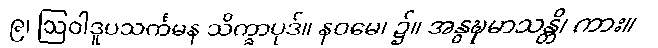
၉၊ ဩဝါဒူပသင်္ကမန သိက္ခာပုဒ်။ နဝမေ၊ ၌။ အနွဍ္ဎမာသန္တိ၊ ကား။